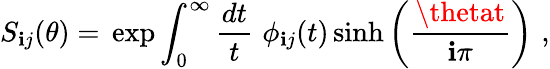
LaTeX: S_{\mathbf{i}j}(\theta)=\, \exp\int_{0}^{\infty}\frac{{dt}}{{t}}\, \, \phi_{\mathbf{i}j}(t)\sinh\left(\frac{{\thetat}}{{\mathbf{i}\pi}}\right)\, \, ,